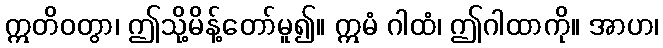
ဣတိဝတွာ၊ ဤသို့မိန့်တော်မူ၍။ ဣမံ ဂါထံ၊ ဤဂါထာကို။ အာဟ၊